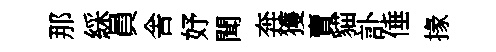
那綵員舎妤聞奔獲賣貓訃倕掾